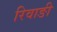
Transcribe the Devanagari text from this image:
रिवाङी